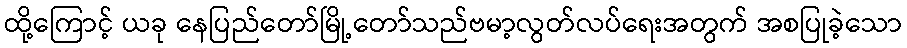
ထို့ကြောင့် ယခု နေပြည်တော်မြို့တော်သည်ဗမာ့လွတ်လပ်ရေးအတွက် အစပြုခဲ့သော